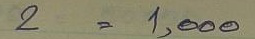
2 = 1,000